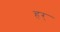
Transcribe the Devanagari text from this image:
हर्